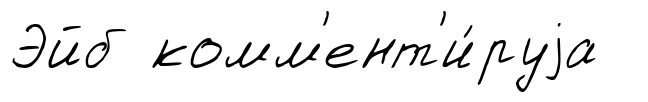
Эйб комм'ент'и́руjа